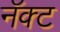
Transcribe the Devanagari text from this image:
नॅक्ट